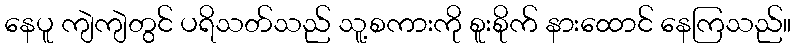
နေပူ ကျဲကျဲတွင် ပရိသတ်သည် သူ့စကားကို စူးစိုက် နားထောင် နေကြသည်။